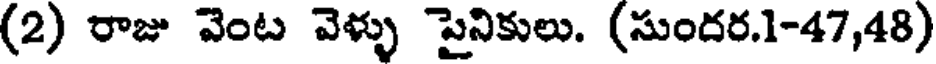
(2) రాజు వెంట వెళ్ళు పైనికులు. (సుందర.1-47,48)